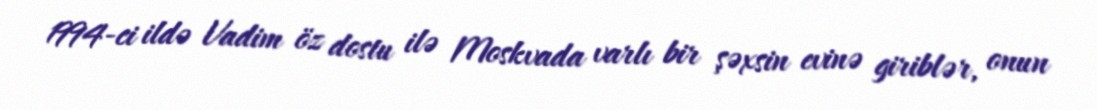
1994-ci ildə Vadim öz dostu ilə Moskvada varlı bir şəxsin evinə giriblər, onun